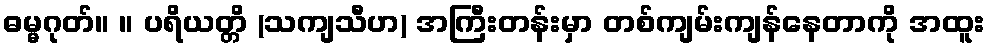
ဓမ္မဂုတ်။ ။ ပရိယတ္တိ (သကျသီဟ) အကြီးတန်းမှာ တစ်ကျမ်းကျန်နေတာကို အထူး